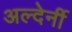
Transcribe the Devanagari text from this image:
अल्देर्नी